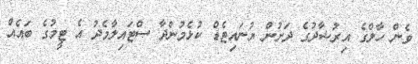
ވެން ހާލްގެ އިރުޝާދުގެ ދަށުން ޔުނައިޓެޑް ކުޅެމުންދާ ސްޓައިލާމެދު އެ ޓީމުގެ ބައެއް